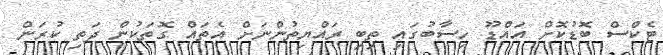
ޓެކްސް ބޮޑުކޮށް އައްޑޫ ހިސާބުގައި ތިބި ރައްޔިތުންނަށް އެތައް ގޮތަކުން ދަތި ކުރަން